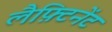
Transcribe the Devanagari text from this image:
लैफ़्टिनेंट